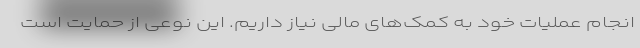
انجام عملیات خود به کمک‌های مالی نیاز داریم. این نوعی از حمایت است